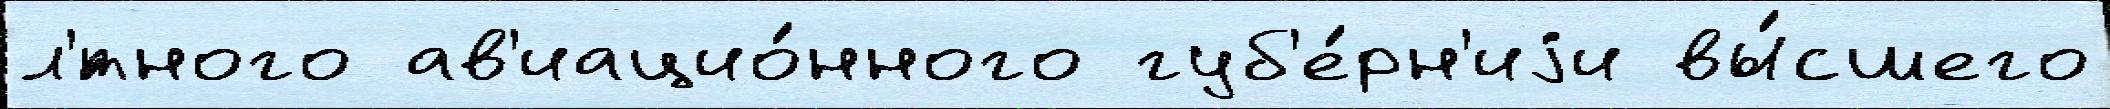
л'́тного ав'иацио́нного губ'е́рн'иjи вы́сшего